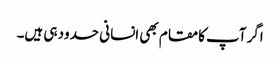
اگر آپ کامقام بھی انسانی حدود ہی ہیں۔